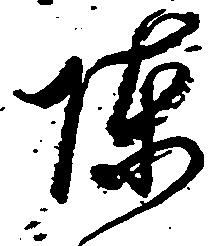
陣